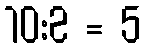
10:2 = 5